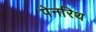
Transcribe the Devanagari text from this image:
पेनरिथ